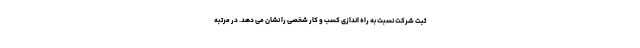
ثبت شرکت نسبت به راه اندازی کسب و کار شخصی را نشان می دهد. در مرتبه